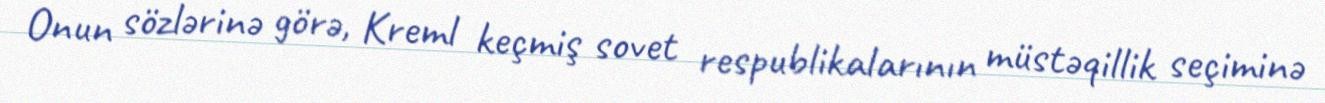
Onun sözlərinə görə, Kreml keçmiş sovet respublikalarının müstəqillik seçiminə